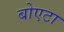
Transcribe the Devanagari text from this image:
बोएटा